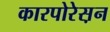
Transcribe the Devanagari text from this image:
कारपोरेस़न